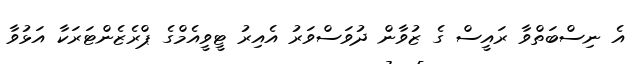
އެ ނިސްބަތްވާ ރައީސް ގެ ޒުވާން ދުވަސްވަރު އެއިރު ޓީވީއެމްގެ ޕްރެޒެންޓަރަކާ އަޅުވާ